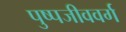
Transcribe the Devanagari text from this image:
पुष्पजीववर्ग